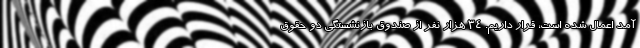
آمد اعمال شده است، قرار داریم. ۳۴ هزار نفر از صندوق بازنشستگی دو حقوق